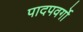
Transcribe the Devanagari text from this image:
पादपवर्गो